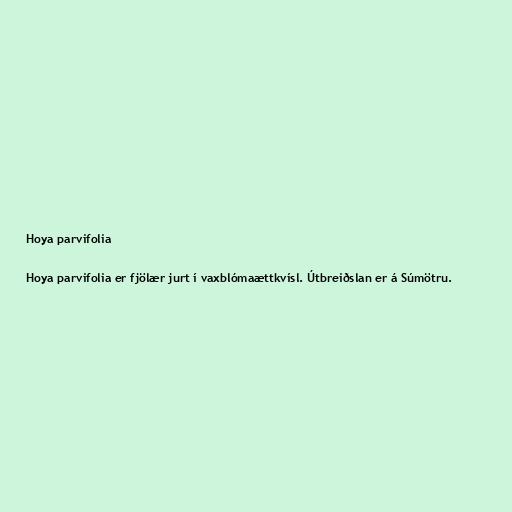
Hoya parvifolia

Hoya parvifolia er fjölær jurt í vaxblómaættkvísl. Útbreiðslan er á Súmötru.